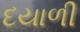
દયાળી